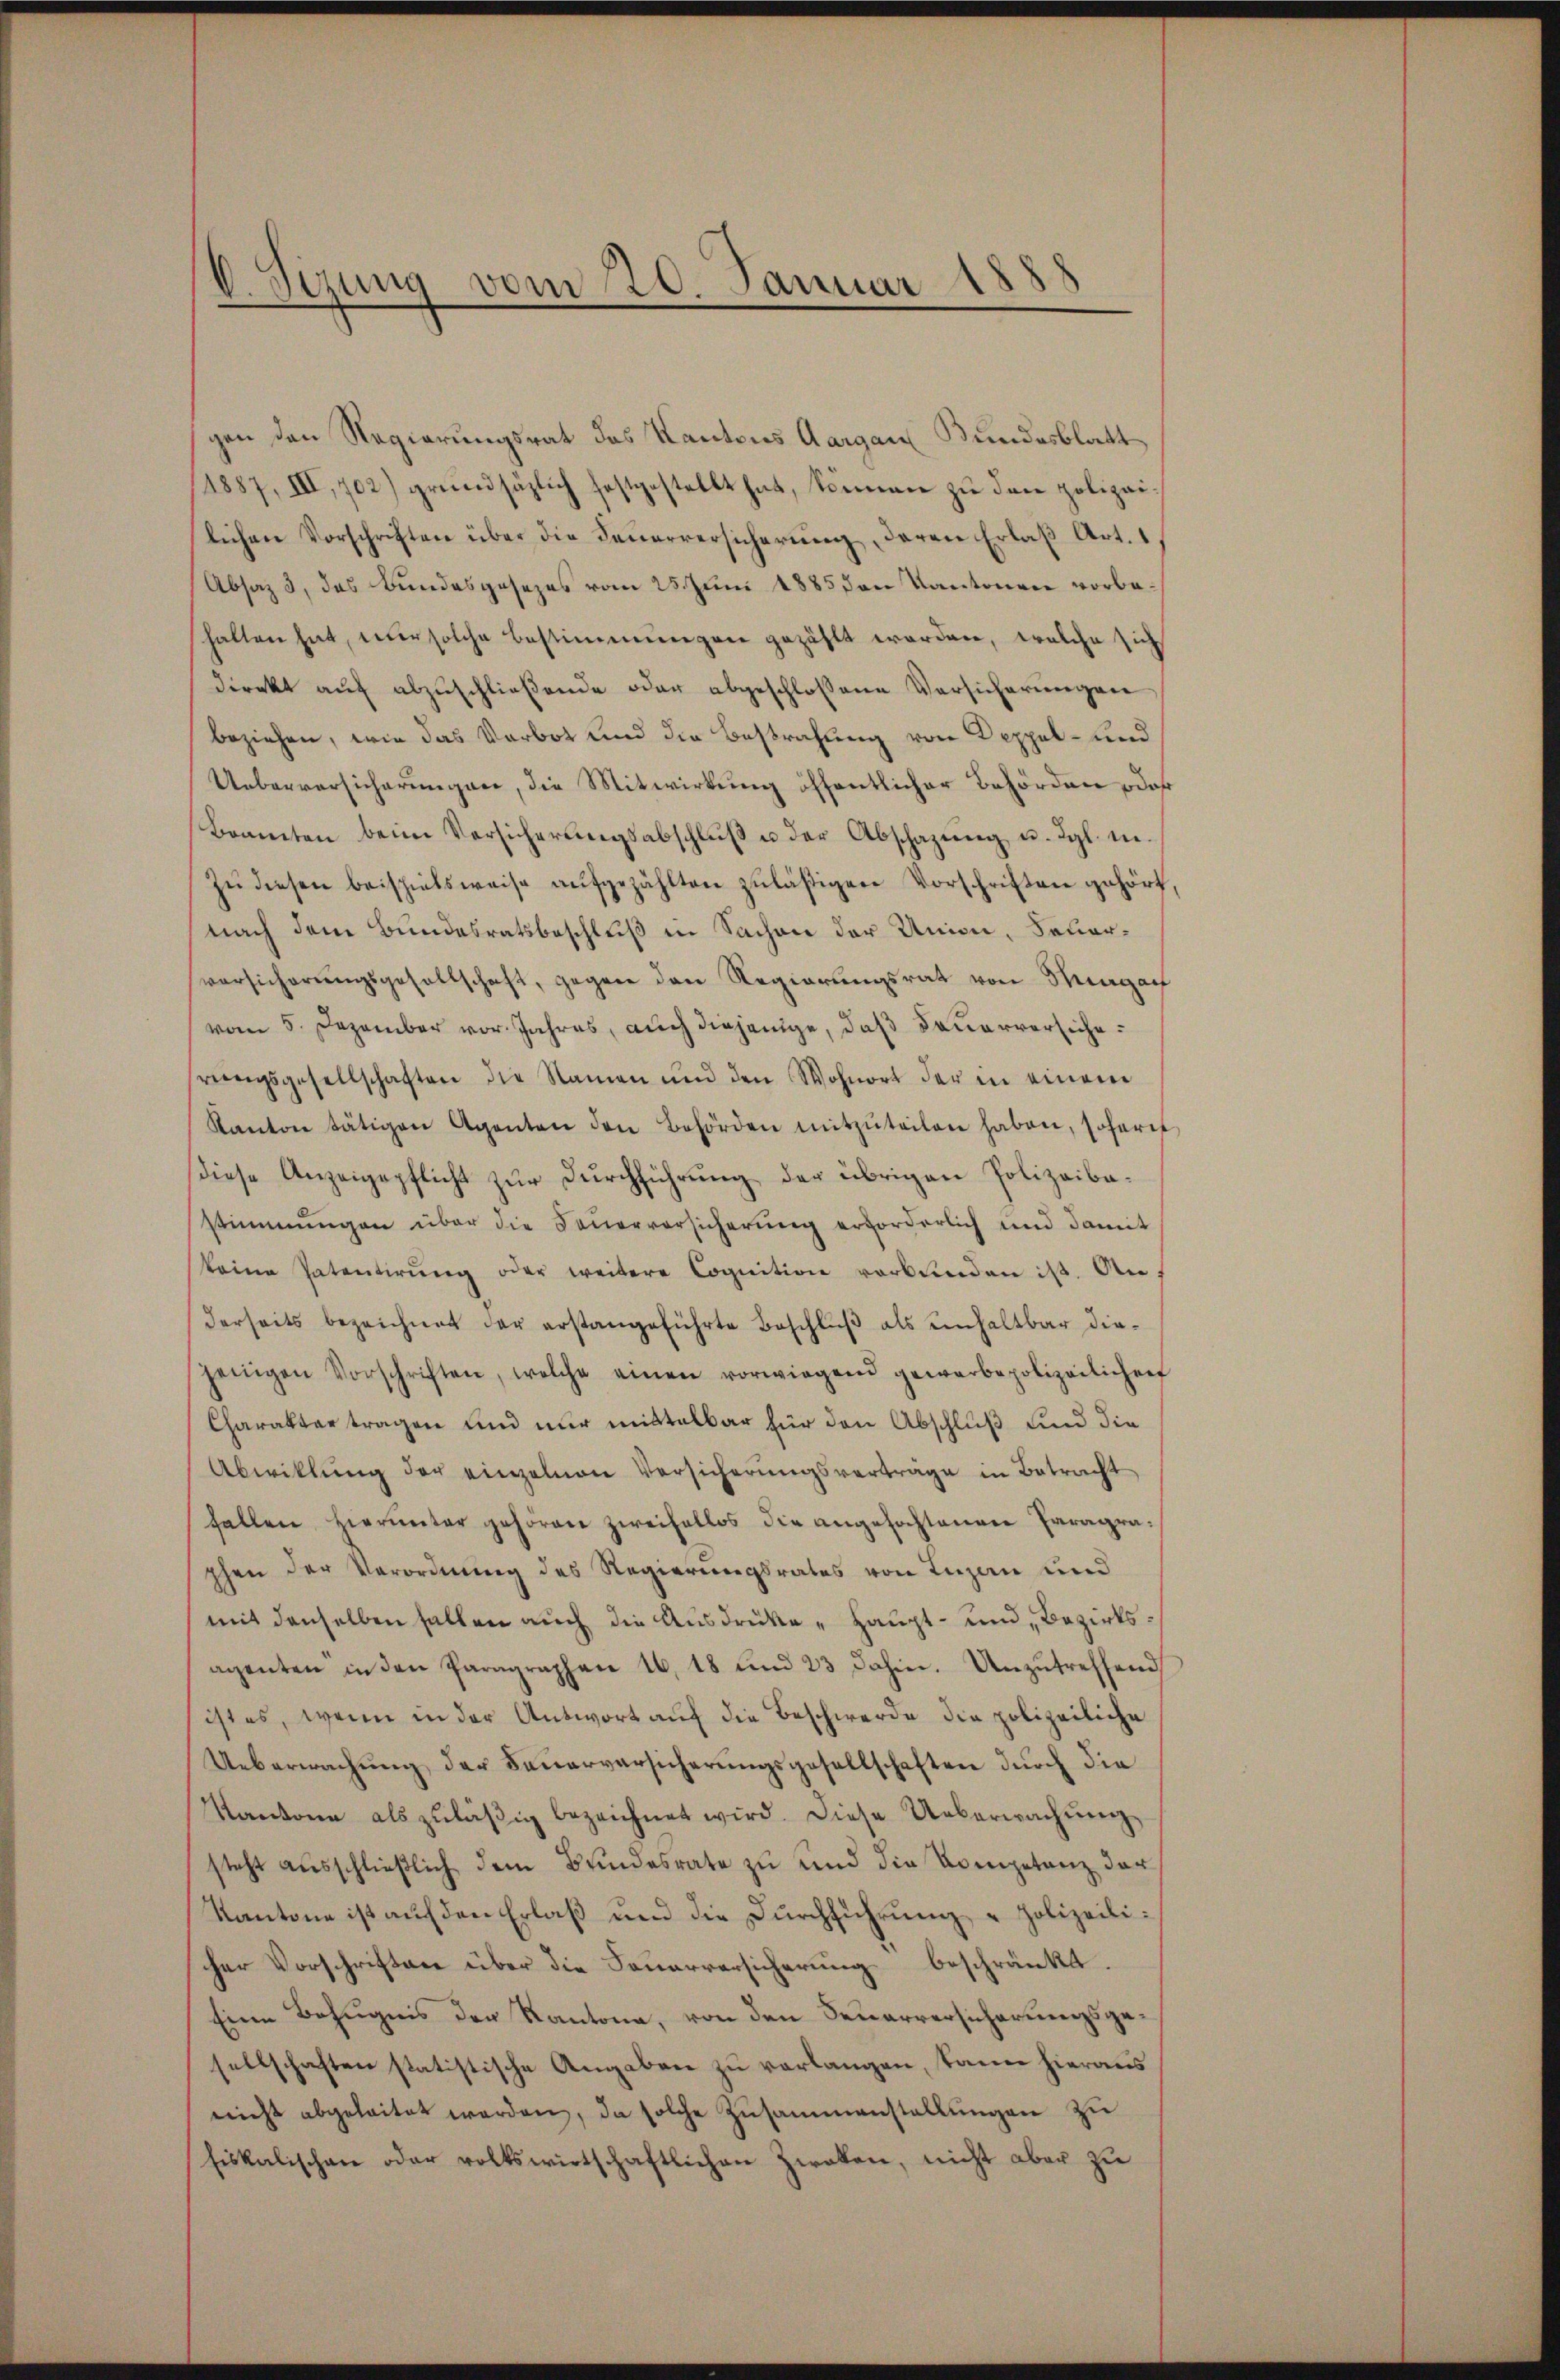
Sirung vom 20. Januar 18
2.

gen den Regierungsrat des Kantons Aargau Bundesblatt
1887, III, 702) grundsätzlich festgestellt hat, können zu den polizeilichen Vorschriften über die Feuerversicherung, deren Erlaß Art. 1
Absaz 3, das Bundesgesezes vom 25. Juni 1885 den Kantonen vorbehalten hat, nur solche Bestimmungen gezählt worden, welche sich
direkt auf abzuschließende oder abgeschlossene Versicherungen
beziehen, wie das Verbot und die Bestrafung von Deppel- und
Ueberversicherungen, die Mitwirkung öffentlicher Behörden odaß
Bramten beim Versicherungsabschluß u der Abschazung u. dgl. in¬
Zŭ diesen beispielsweise aufgezählten zuläßigen Vorschriften gehört,
nach dem Bundesratsbeschluß in Sachen der Union, Feuerversicherŭngsgesellschaft, gegen den Regierungsrat von Hungar
vom 5. Dezember vor. Jahres, auch diejenige, daß Feuerversicherungsgesellschaften die Namen und den Wohnort der in einem
Kanton tätigen Agenten den Behörden mitzŭteilen haben, sofort
diese Anzeigepflicht zur Durchführung der übrigen Polizeibastimmungen über die Feuerversicherung erforderlich und damit
keine Patentirŭng oder weitere Cognition vorbenden ist. An
derseits bezeichnet der erstangeführte Beschlŭβ als einhaltbar die-
jenigen Vorschriften, welche einen vorwiegend gewerbepolizeilichen
Charakter tragen und nur mittelbar für den Abschluß und die
Abwiklŭng der einzelnen Versicherŭngsverträge in Betracht
fallen hierunter gehören zweifellos die angefochtenen Paragraphen der Verordnung des Regierungsrates von Luzern und
mit denselben fallen auch die Ausdrüke " Haupt- und Bezirksagenten in den Paragraphen 16. 18 und 23 dahin. Unzutreffend
ist es, wenn in der Antwort auf die Beschwerde die polizeiliche
Ueberwachŭng der Feŭerversicherŭngsgesellschaften dŭrch die
Kantone als zuläßig bezeichnet wird. Diese Ueberwachŭng
steht aŭsschlieβlich dem Bundesrate zu und die Kompetanz der
Kantone ist auf den Erlaß und die Durchführung - Polizeilischer Vorschriften über die Feuerversicherung beschränkt.
Eine Befugnis der Kantona, von den Feuerversicherungsgesellschaften statistische Angaben zu verlangen, kann hieraus
nicht abgeleitet werden, da solche Zusammenstellungen zu
Eiskalischen oder volkswirtschaftlichen Zweken, nicht aber zu